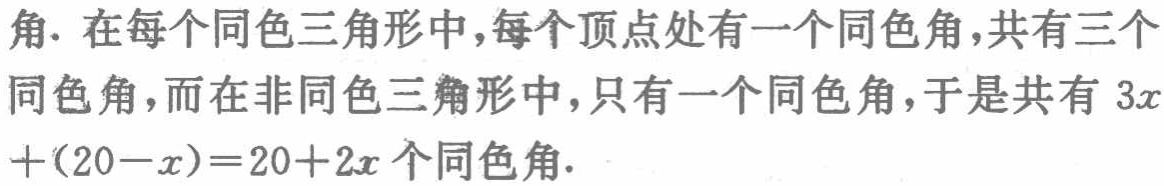
角. 在每个同色三角形中,每个顶点处有一个同色角,共有三个同色角,而在非同色三角形中,只有一个同色角,于是共有 \(3x+(20 - x)=20 + 2x\) 个同色角.